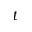
t